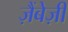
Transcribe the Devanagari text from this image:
ज़ैंबेज़ी